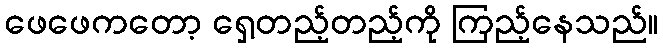
ဖေဖေကတော့ ရှေ့တည့်တည့်ကို ကြည့်နေသည်။